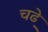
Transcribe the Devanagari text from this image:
चढे़